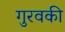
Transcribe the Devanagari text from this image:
गुरवकी